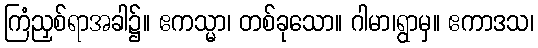
ကြံညှစ်ရာအခါ၌။ ဧကသ္မာ၊ တစ်ခုသော။ ဂါမာ၊ရွာမှ။ ဧကာဒသ၊